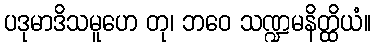
ပဒုမာဒိသမူဟေ တု၊ ဘဝေ သဏ္ဍမနိတ္ထိယံ။